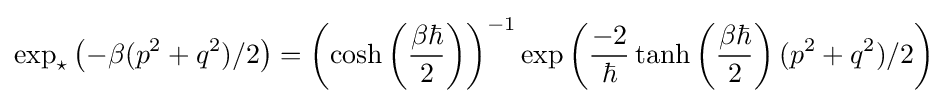
\exp _{\star }\left(-\beta (p^{2}+q^{2})/2\right)=\left(\cosh \left({\frac {\beta \hbar }{2}}\right)\right)^{-1}\exp \left({\frac {-2}{\hbar }}\tanh \left({\frac {\beta \hbar }{2}}\right)(p^{2}+q^{2})/2\right)